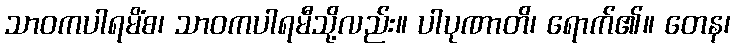
သာဝကပါရမိံစ၊ သာဝကပါရမီသို့လည်း။ ပါပုဏာတိ၊ ရောက်၏။ တေန၊